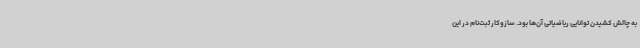
به چالش کشیدن توانایی ریاضیاتی آن‌ها بود. سازوکار ثبت‌نام در این